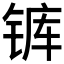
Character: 𰾋